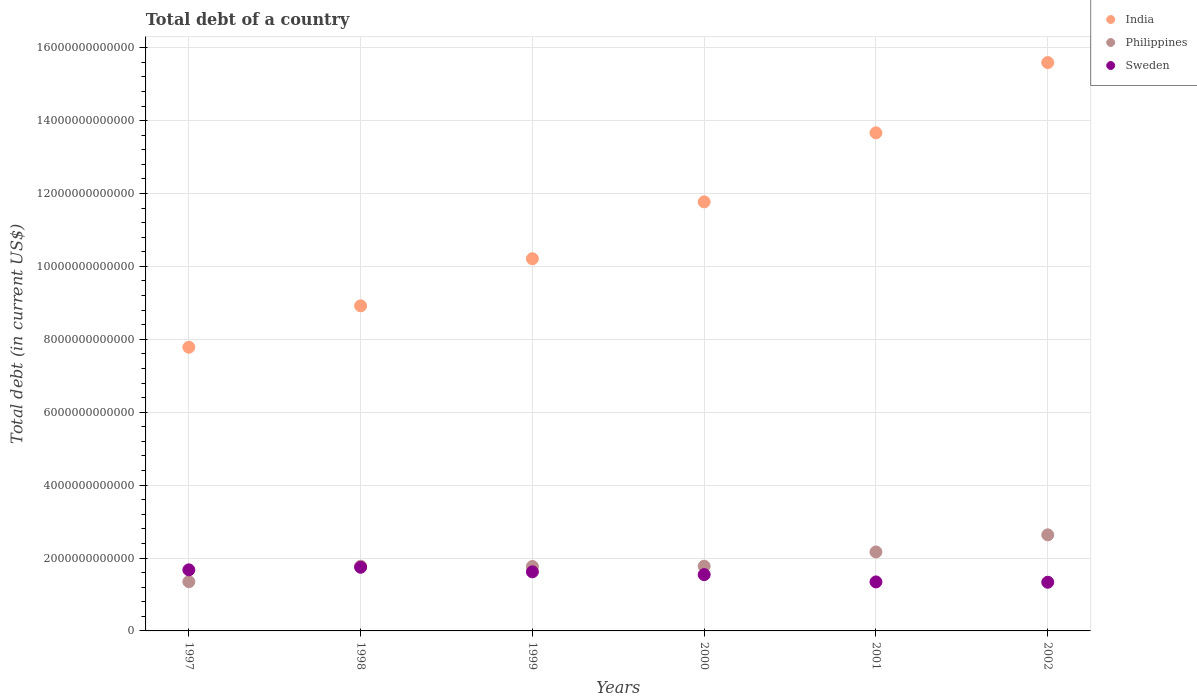
| Years | India | Philippines | Sweden |
 | --- | --- | --- | --- |
 | 1997 | 7.78e+12 | 1.35e+12 | 1.68e+12 |
 | 1998 | 8.92e+12 | 1.78e+12 | 1.75e+12 |
 | 1999 | 1.02e+13 | 1.77e+12 | 1.62e+12 |
 | 2000 | 1.18e+13 | 1.78e+12 | 1.54e+12 |
 | 2001 | 1.37e+13 | 2.17e+12 | 1.34e+12 |
 | 2002 | 1.56e+13 | 2.64e+12 | 1.34e+12 |